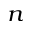
_ n